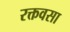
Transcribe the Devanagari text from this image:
रक्तवसा